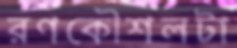
রণকৌশলটা